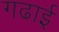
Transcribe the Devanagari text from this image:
गढाई